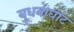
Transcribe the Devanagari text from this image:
बुधनाघाट